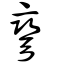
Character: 彎